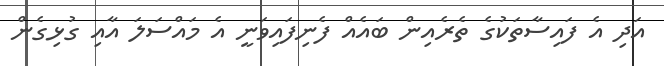
އަދި އެ ފައިސާތަކުގެ ތެރެއިން ބައެއް ފެނިފައިވަނީ އެ މައްސަލަ އާއި ގުޅިގެން